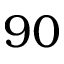
9 0